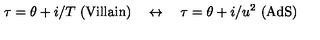
\tau = \theta + i / T \ \mathrm { ( V i l l a i n ) } \quad \leftrightarrow \quad \tau = \theta + i / u ^ { 2 } \ \mathrm { ( A d S ) }